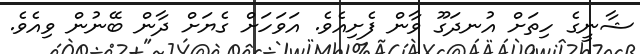
ޝާނީގެ ހިތަށް އުނދަގޫ ވާން ފެށިއެވެ. އަވަހަށް ގެޔަށް ދާން ބޭނުން ވިއެވެ.